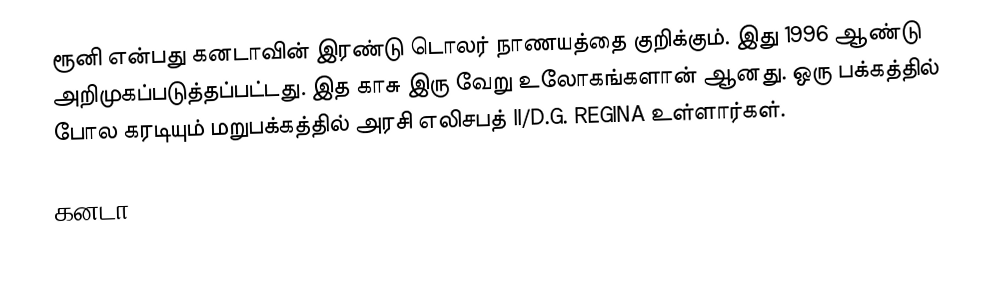
ரூனி என்பது கனடாவின் இரண்டு டொலர் நாணயத்தை குறிக்கும்.  இது 1996 ஆண்டு அறிமுகப்படுத்தப்பட்டது.  இத காசு இரு வேறு உலோகங்களான் ஆனது.  ஒரு பக்கத்தில் போல கரடியும் மறுபக்கத்தில் அரசி எலிசபத் II/D.G. REGINA உள்ளார்கள்.

கனடா